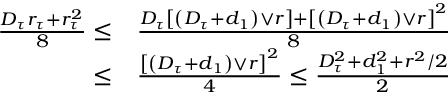
\begin{array} { r l } { \frac { D _ { \tau } r _ { \tau } + r _ { \tau } ^ { 2 } } { 8 } \leq } & { \frac { D _ { \tau } \left[ \left( D _ { \tau } + d _ { 1 } \right) \lor r \right] + \left[ \left( D _ { \tau } + d _ { 1 } \right) \lor r \right] ^ { 2 } } { 8 } } \\ { \leq } & { \frac { \left[ \left( D _ { \tau } + d _ { 1 } \right) \lor r \right] ^ { 2 } } { 4 } \leq \frac { D _ { \tau } ^ { 2 } + d _ { 1 } ^ { 2 } + r ^ { 2 } / 2 } { 2 } } \end{array}